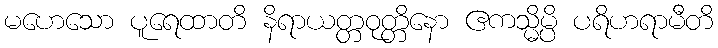
မဟေသော ပူရေထာတိ နိရာယတ္တဝုတ္တိနော ဧကသ္မိမ္ပိ ပရိဟရာမီတိ